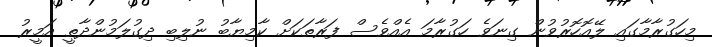
މިހަގުރާމާގައި ލޭއޮހޮރުވުން ގިނަވެ ހަގުރާމަ އެއްވެސް ފަރާތަކަށް ކާމިޔާބު ނުލިބި ދިގުލަމުންދާތީ އަމީރު